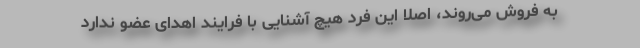
به فروش می‌روند، اصلا این فرد هیچ آشنایی با فرایند اهدای عضو ندارد